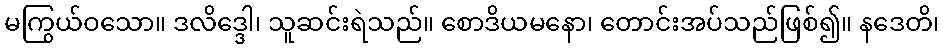
မကြွယ်ဝသော။ ဒလိဒ္ဒေါ၊ သူဆင်းရဲသည်။ စောဒိယမနော၊ တောင်းအပ်သည်ဖြစ်၍။ နဒေတိ၊